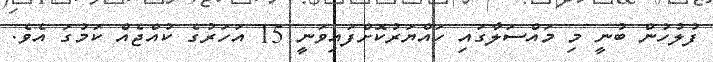
ފުލުހުން ބުނީ މި މައްސަލާގައި ހައްޔަރުކޮށްފައިވަނީ 15 އަހަރުގެ ކުއްޖެެއް ކަމުގަ އެވެ.